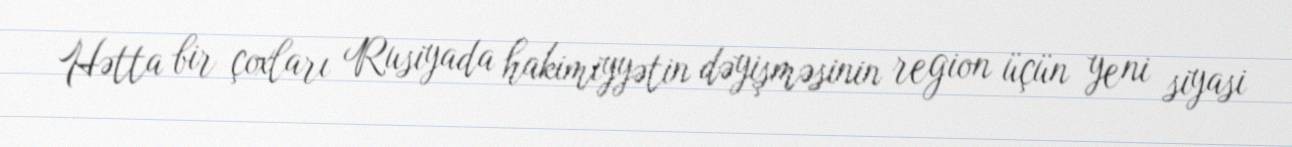
Hətta bir çoxları Rusiyada hakimiyyətin dəyişməsinin region üçün yeni siyasi